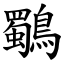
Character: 鸀